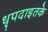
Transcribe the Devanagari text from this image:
धृपदाइतके